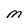
Character: M